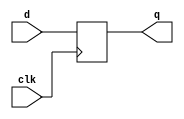
module edge_dff(q, d, clk);

output q;
reg q;
input d, clk;

always @(posedge clk)
	q <= d;
endmodule